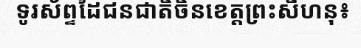
ទូរស័ព្ទដៃជនជាតិចិនខេត្តព្រះសីហនុ៖